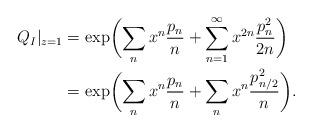
LaTeX: \begin{align*}Q_I|_{z=1} &=\exp\biggl(\sum_{n} x^n \frac{p_n}{n} +\sum_{n=1}^\infty x^{2n} \frac{p_n^2}{2n}\biggr)\\ &=\exp\biggl(\sum_{n} x^n \frac{p_n}{n} +\sum_{n} x^{n} \frac{p_{n/2}^2}{n}\biggr).\end{align*}